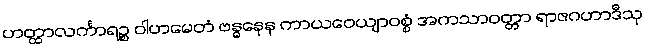
ဟတ္ထာလင်္ကာရဉ္စ ဝါဟမေတံ ဗန္ဓနေန ကာယဝေယျာဝစ္စံ အကသာဝတ္တာ ရာဇဂဟာဒီသု